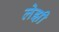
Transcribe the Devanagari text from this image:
लेझी